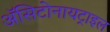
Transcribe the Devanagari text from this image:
ॲसिटोनायट्राइल